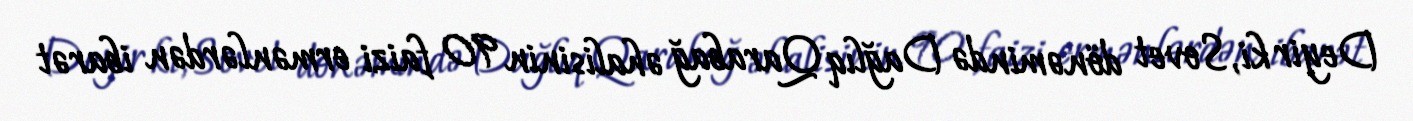
Deyir ki, Sovet dönəmində Dağlıq Qarabağ əhalisinin 90 faizi ermənlərdən ibarət